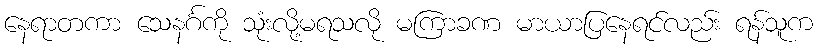
နေရာတကာ သေနင်္ဂကို သုံးလို့မရသလို မကြာခဏ မာယာပြနေရင်လည်း ရန်သူက